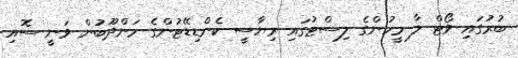
ބުރުގައި ވޯޓް ލާ މީހުންގެ ލިސްޓުގައި ރިޔާސީ ކެންޑިޑޭޓުންގެ މަންދޫބުން ވަނީ ސޮއި